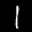
Label: 1